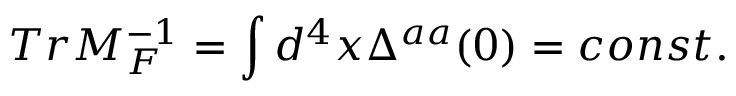
T r M _ { F } ^ { - 1 } = \int d ^ { 4 } x \Delta ^ { a a } ( 0 ) = c o n s t .